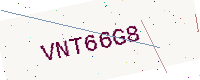
Text: VNT66G8